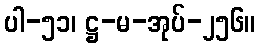
ပါ-၅၁၊ ဋ္ဌ-မ-အုပ်-၂၅၆။